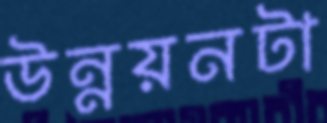
উন্নয়নটা